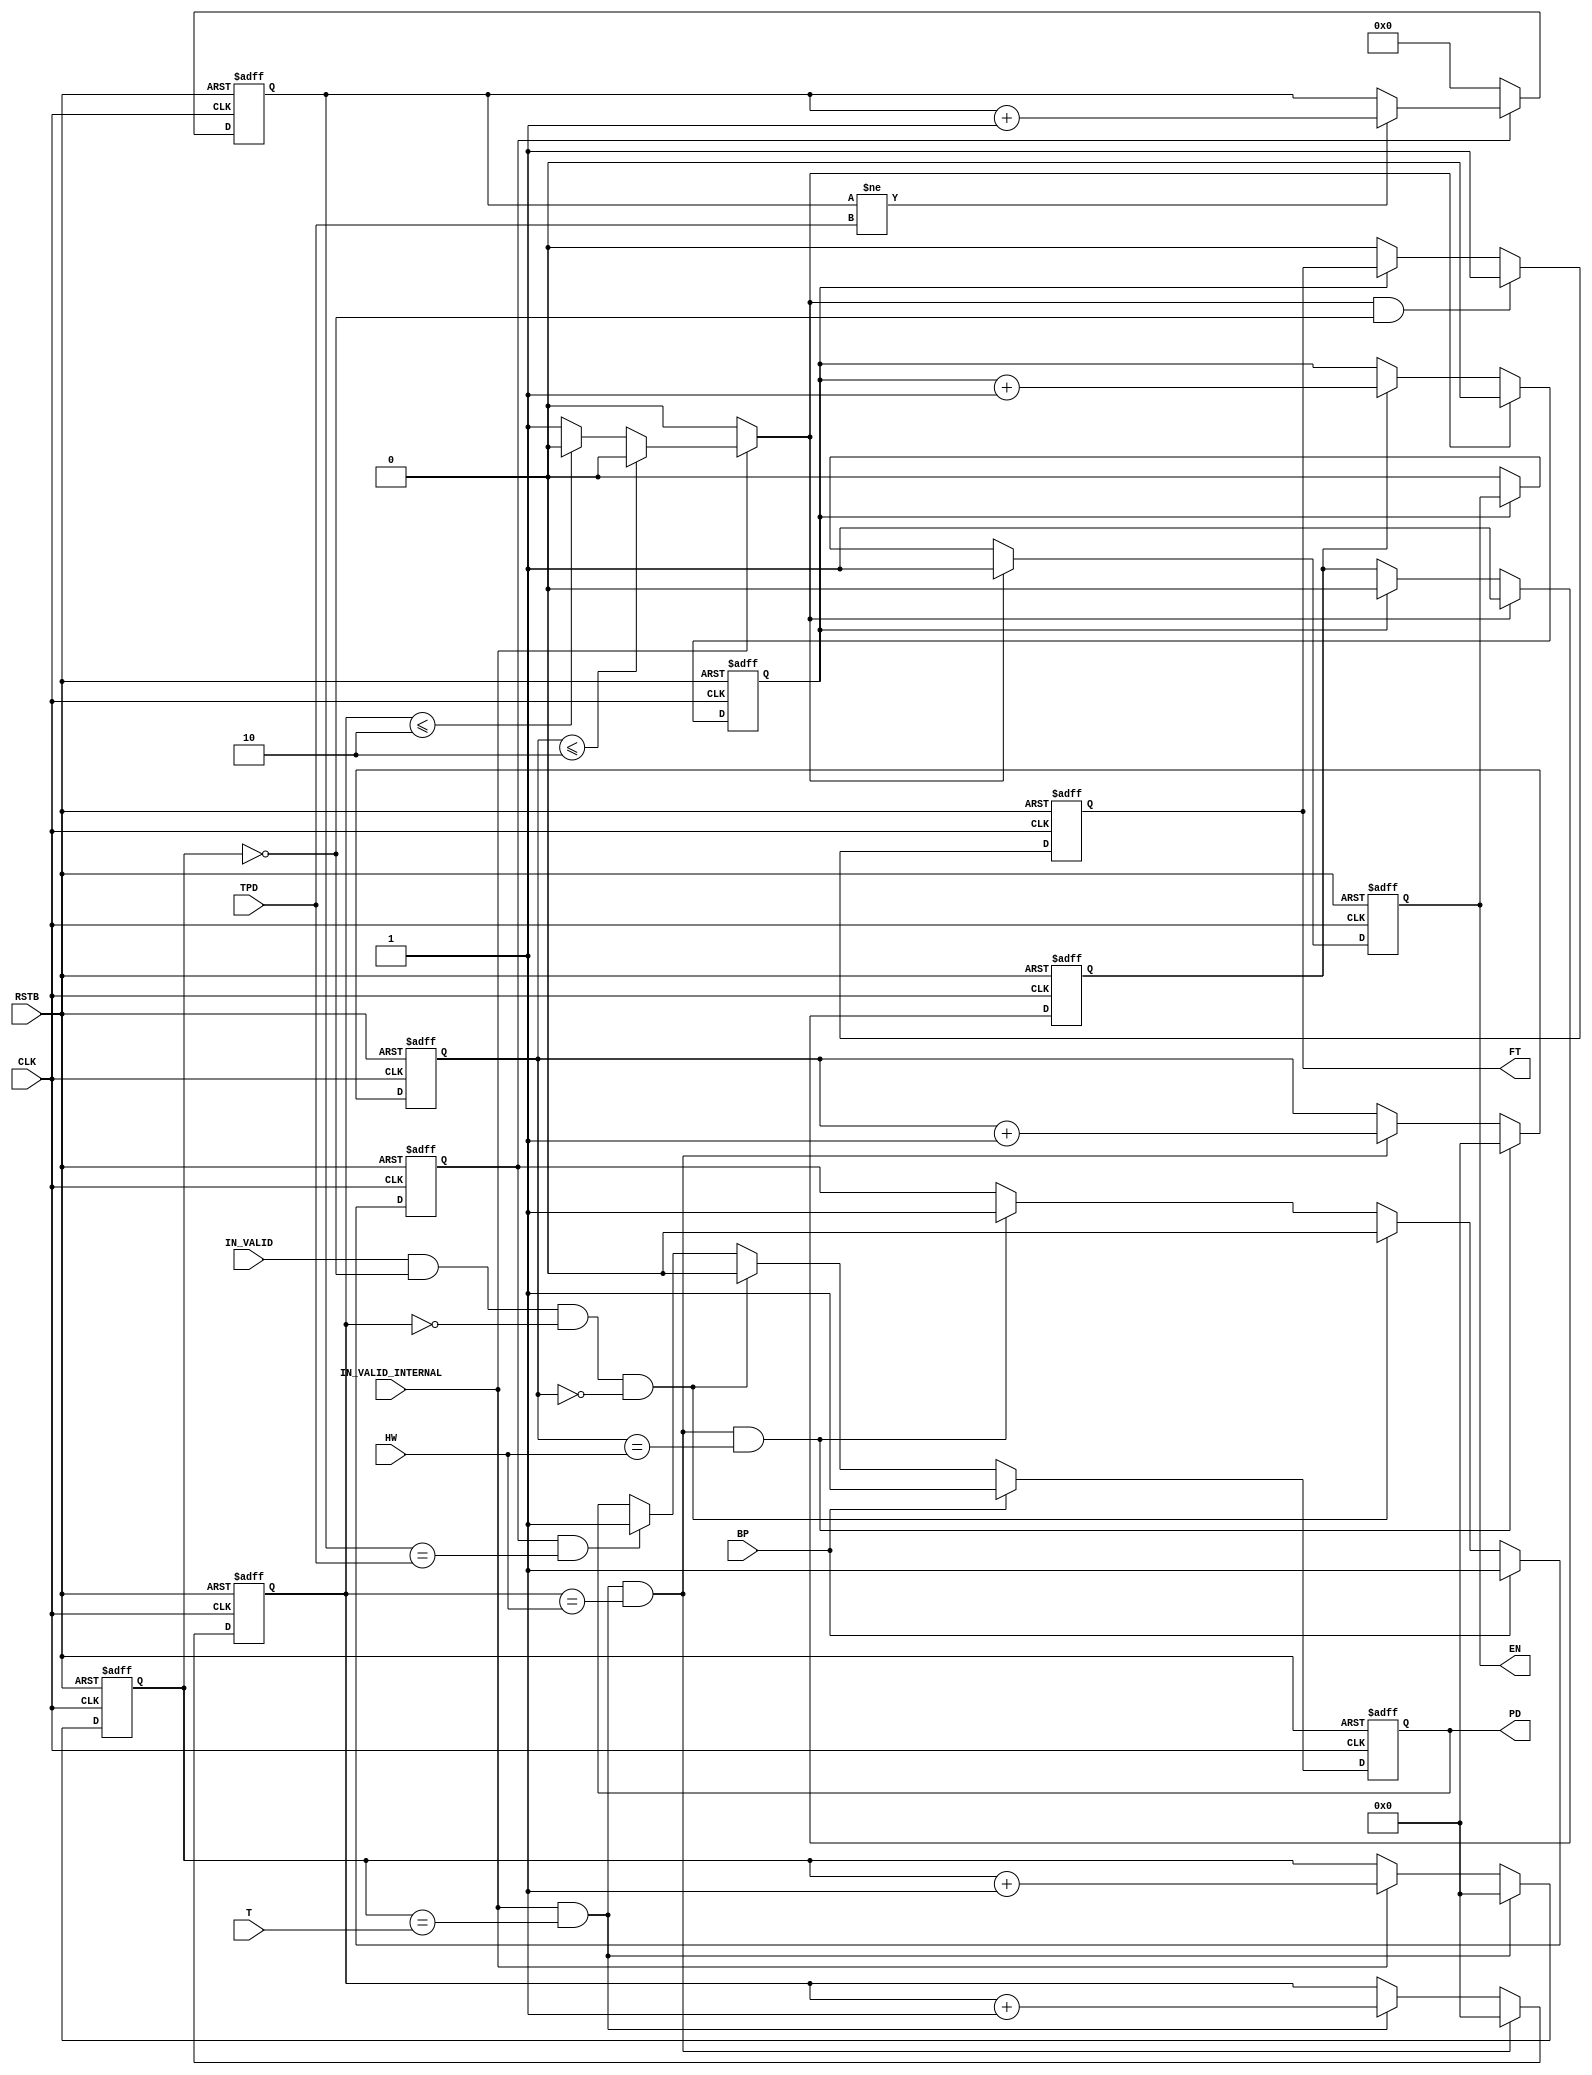

module dataflow (
    CLK,
    RSTB,
    IN_VALID,
    IN_VALID_INTERNAL,
    EN,
    FT,
    HW,
    T,
    TPD,
    PD,
    BP
);

parameter HW_WIDTH = 5;
parameter T_WIDTH = 5;
parameter TPD_WIDTH = 4;
parameter IO_WIDTH = 8;
parameter CNT_WIDTH = 1;
parameter CNT_MAX = 16/IO_WIDTH-1;
parameter CNT_HALF = 8/IO_WIDTH-1;

input CLK;
input RSTB;
input IN_VALID;
input IN_VALID_INTERNAL;
output reg EN;
output reg FT;
input [HW_WIDTH-1:0] HW; // H-1 and W-1
input [T_WIDTH-1:0] T;   // T-1
input [TPD_WIDTH-1:0] TPD;
output reg PD;
input BP;

reg [HW_WIDTH-1:0] h;
reg [HW_WIDTH-1:0] w;
reg [T_WIDTH-1:0] t;
reg e;
reg EI;
reg [CNT_WIDTH-1:0] cnt;
reg pd_tmp;
reg [TPD_WIDTH-1:0] pd_cnt;

parameter I = 4;
parameter J = 4;

always @(*)
    if (!IN_VALID_INTERNAL)
        e = 0;
    else if (h <= I-2)
        e = 0;
    else if (w <= J-2)
        e = 0;
    else
        e = 1;

always @(posedge CLK or negedge RSTB)
    if (!RSTB)
        t <= 0;
    else if (IN_VALID_INTERNAL && t == T)
        t <= 0;
    else if (IN_VALID_INTERNAL)
        t <= t + 1;

always @(posedge CLK or negedge RSTB)
    if (!RSTB)
        w <= 0;
    else if (IN_VALID_INTERNAL && t == T && w == HW)
        w <= 0;
    else if (IN_VALID_INTERNAL && t == T)
        w <= w + 1;

always @(posedge CLK or negedge RSTB)
    if (!RSTB)
        h <= 0;
    else if (IN_VALID_INTERNAL && t == T && w == HW && h == HW)
        h <= 0;
    else if (IN_VALID_INTERNAL && t == T && w == HW)
        h <= h + 1;

always @(posedge CLK or negedge RSTB)
    if (!RSTB)
        cnt <= 2'd0;
    else if (e)
        cnt <= 2'd0;
    else if (EI)
        cnt <= cnt + 2'd1;

always @(posedge CLK or negedge RSTB)
    if (!RSTB)
        EI <= 1'b0;
    else if (e)
        EI <= 1'b1;
    else if (cnt == CNT_MAX)
        EI <= 1'b0;

always @(posedge CLK or negedge RSTB)
    if (!RSTB)
        EN <= 1'b0;
    else if (e)
        EN <= 1'b1;
    else if (cnt == CNT_HALF)
        EN <= 1'b0;

always @(posedge CLK or negedge RSTB)
    if (!RSTB)
        FT <= 0;
    else if (e && t == 0)
        FT <= 1;
    else if (cnt == CNT_HALF)
        FT <= 0;

always @(posedge CLK or negedge RSTB)
    if (!RSTB)
        PD <= 1;
    else if (BP)
        PD <= 1;
    else if (IN_VALID && t == 0 && w == 0 && h == 0)
        PD <= 0;
    else if (pd_tmp && pd_cnt == TPD)
        PD <= 1;

always @(posedge CLK or negedge RSTB)
    if (!RSTB)
        pd_tmp <= 1;
    else if (BP)
        pd_tmp <= 1;
    else if (IN_VALID && t == 0 && w == 0 && h == 0)
        pd_tmp <= 0;
    else if (IN_VALID_INTERNAL && t == T && w == HW && h == HW)
        pd_tmp <= 1;

always @(posedge CLK or negedge RSTB)
    if (!RSTB)
        pd_cnt <= 0;
    else if (!pd_tmp)
        pd_cnt <= 0;
    else if (pd_cnt != TPD)
        pd_cnt <= pd_cnt + 1;

endmodule